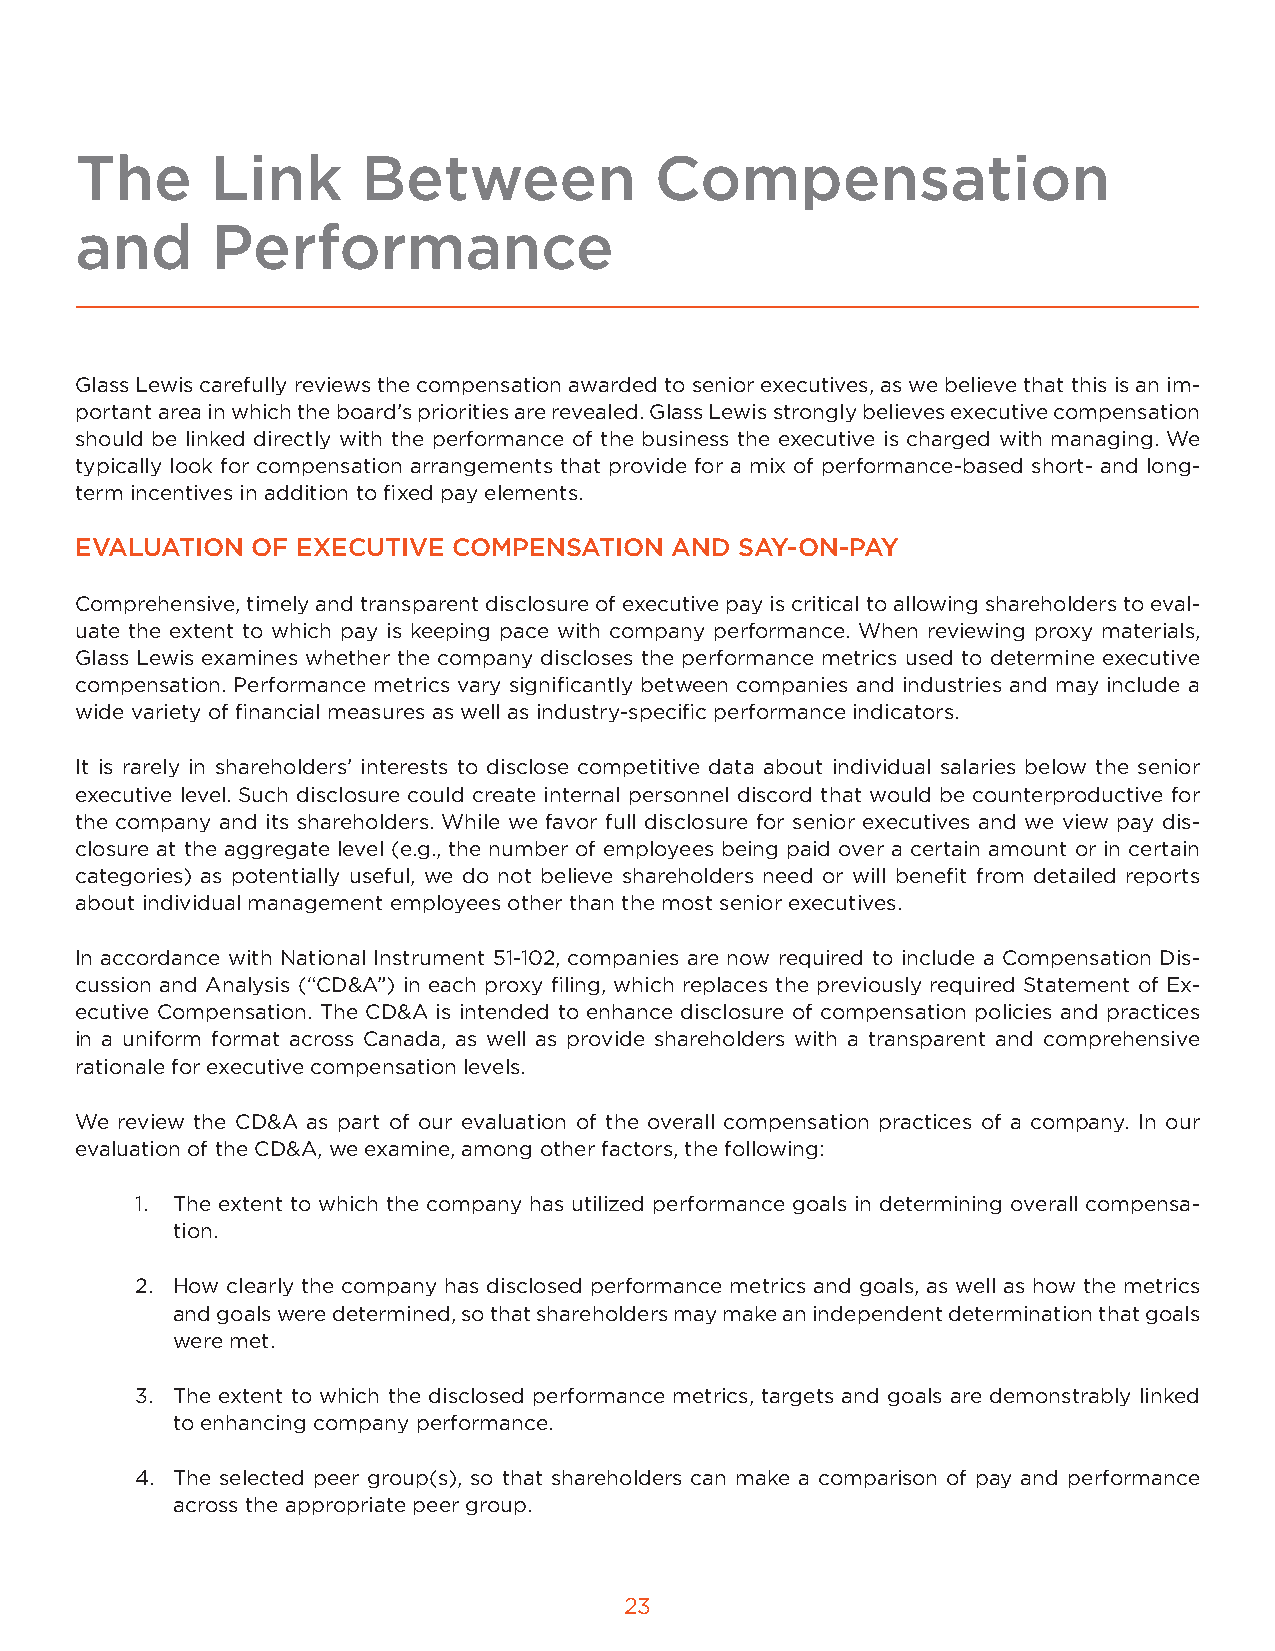
The      Link      Between            Compensation
 and      Performance
 Glass Lewis carefully reviews the compensation awarded to senior executives, as we believe that this is an im-
 portant area in which the board’s priorities are revealed. Glass Lewis strongly believes executive compensation
 should be linked directly with the performance of the business the executive is charged with managing. We
 typically look for compensation arrangements that provide for a mix of performance-based short- and long-
 term incentives in addition to fixed pay elements.
 EVALUATION  OF EXECUTIVE COMPENSATION   AND SAY-ON-PAY
 Comprehensive, timely and transparent disclosure of executive pay is critical to allowing shareholders to eval-
 uate the extent to which pay is keeping pace with company performance. When reviewing proxy materials,
 Glass Lewis examines whether the company discloses the performance metrics used to determine executive
 compensation. Performance metrics vary significantly between companies and industries and may include a
 wide variety of financial measures as well as industry-specific performance indicators.
 It is rarely in shareholders’ interests to disclose competitive data about individual salaries below the senior
 executive level. Such disclosure could create internal personnel discord that would be counterproductive for
 the company and its shareholders. While we favor full disclosure for senior executives and we view pay dis-
 closure at the aggregate level (e.g., the number of employees being paid over a certain amount or in certain
 categories) as potentially useful, we do not believe shareholders need or will benefit from detailed reports
 about individual management employees other than the most senior executives.
 In accordance with National Instrument 51-102, companies are now required to include a Compensation Dis-
 cussion and Analysis (“CD&A”) in each proxy filing, which replaces the previously required Statement of Ex-
 ecutive Compensation. The CD&A is intended to enhance disclosure of compensation policies and practices
 in a uniform format across Canada, as well as provide shareholders with a transparent and comprehensive
 rationale for executive compensation levels.
 We review the CD&A as part of our evaluation of the overall compensation practices of a company. In our
 evaluation of the CD&A, we examine, among other factors, the following:
 1. The extent to which the company has utilized performance goals in determining overall compensa-
 tion.
 2. How clearly the company has disclosed performance metrics and goals, as well as how the metrics
 and goals were determined, so that shareholders may make an independent determination that goals
 were met.
 3. The extent to which the disclosed performance metrics, targets and goals are demonstrably linked
 to enhancing company performance.
 4. The selected peer group(s), so that shareholders can make a comparison of pay and performance
 across the appropriate peer group.
 23